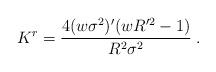
LaTeX: \begin{align*}K^r = \frac{4 (w \sigma^2)' (wR'^2 - 1)}{R^2\sigma^2} \;.\end{align*}